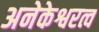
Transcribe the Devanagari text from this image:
अनेकेश्वरत्व